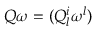
Q \omega = ( Q _ { l } ^ { i } \omega ^ { l } )